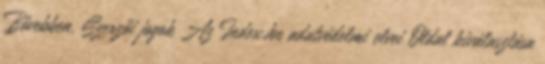
Bővebben. Szerzői jogok Az Index.hu adatvédelmi elvei Oldal kiválasztása